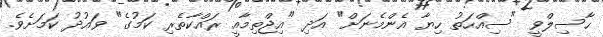
ހާސިލްވީ "ސިއްހަތު ހިޔާ އެންމެނަށް" އަދި "އިޖްތިމާއީ ރައްކާތެރި ކަމުގެ" ވައުދު ކަމަށެވެ.